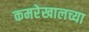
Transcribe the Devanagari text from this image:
कमरेखालच्या